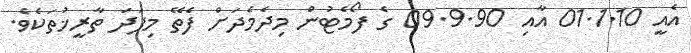
އެއީ 01.1.10 އާއި 09.9.90 ގެ ފޯމެޓުން މިދެމެދަށް ފެތޭ މިފަދަ ތާރީޚުތަކެވެ.